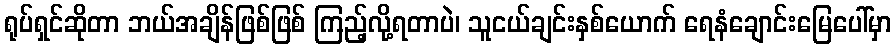
ရုပ်ရှင်ဆိုတာ ဘယ်အချိန်ဖြစ်ဖြစ် ကြည့်လို့ရတာပဲ၊ သူငယ်ချင်းနှစ်ယောက် ရေနံချောင်းမြေပေါ်မှာ